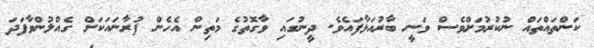
ކަންތައްތައް ނުކުރުމަށްވެސް ވަނީ ބާރުއަޅާފައެވެ. ދީނުގައި ވާގޮތުގެ މަތިން އެހެން ފުރާނައަކަށް ގެއްލުންވާފަދަ